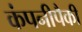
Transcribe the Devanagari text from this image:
कंपनीपैकी